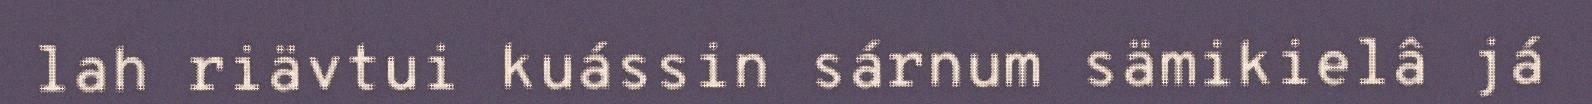
lah riävtui kuássin sárnum sämikielâ já